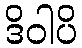
ဒိဝါပိ